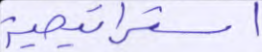
استراتجية